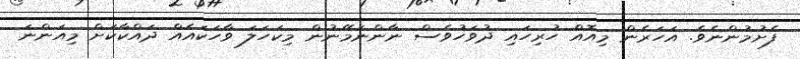
ފެށުމުންނެވެ. އަހަރެން މިއޮއް ހުރިހައި ދުވަހުވެސް ނާންނަމޭނުން މިކަހަލަ ވާހަކައެއް ދައްކާކަށް މިއަންނަ